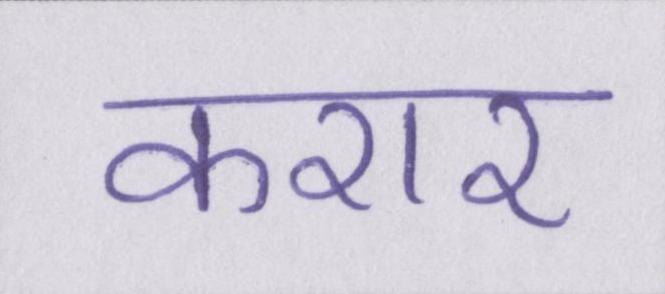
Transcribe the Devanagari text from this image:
करार